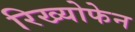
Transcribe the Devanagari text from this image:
रिख्योफेन